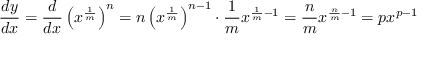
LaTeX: { \frac { d y } { d x } } = { \frac { d } { d x } } \left( x ^ { \frac { 1 } { m } } \right) ^ { n } = n \left( x ^ { \frac { 1 } { m } } \right) ^ { n - 1 } \cdot { \frac { 1 } { m } } x ^ { { \frac { 1 } { m } } - 1 } = { \frac { n } { m } } x ^ { { \frac { n } { m } } - 1 } = p x ^ { p - 1 }